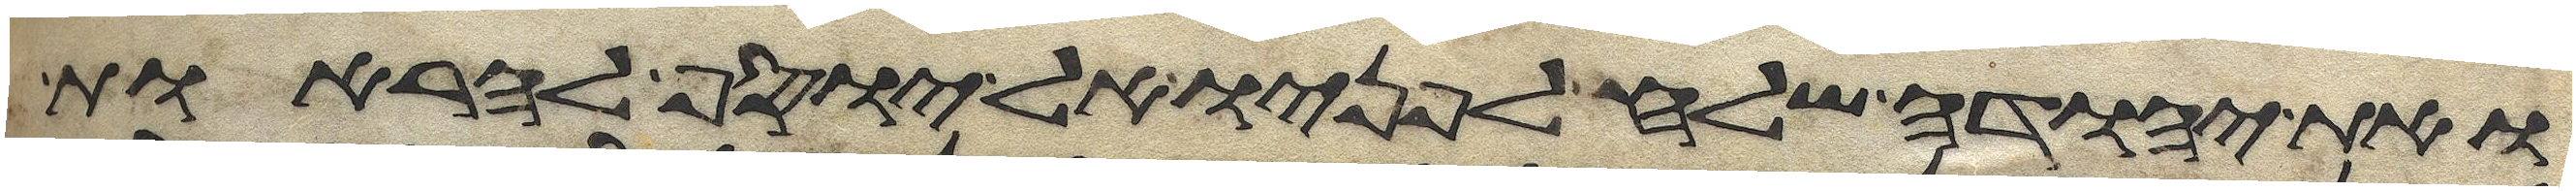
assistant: ואת יהודה שלח לפניו אל יוסף להראות